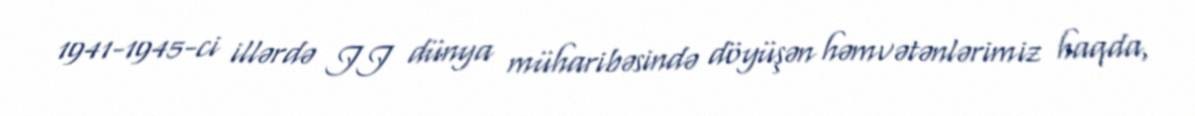
1941-1945-ci illərdə II dünya müharibəsində döyüşən həmvətənlərimiz haqda,